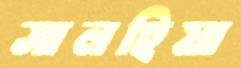
সালহিয়া